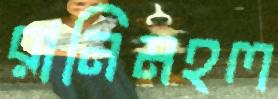
রানিমহল